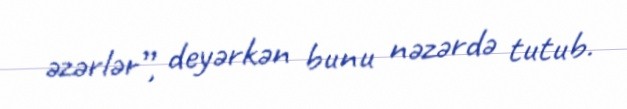
əzərlər”, deyərkən bunu nəzərdə tutub.